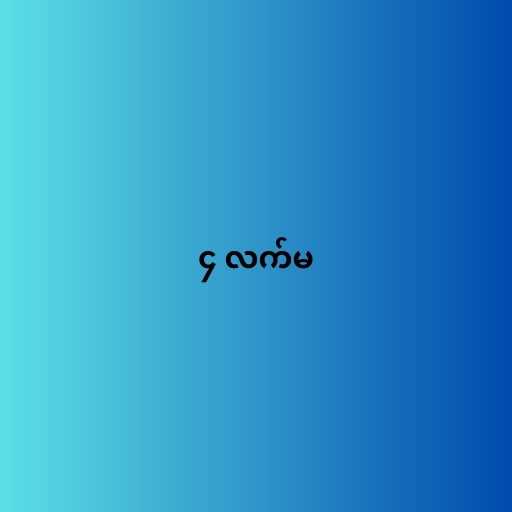
၄ လက်မ